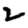
Digit: 2